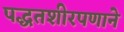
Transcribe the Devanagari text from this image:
पद्धतशीरपणाने